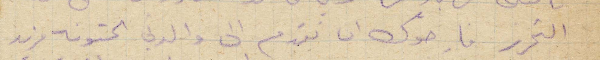
التحرر فارجوك ان تقدم الى والدتي الحنونة مزيد